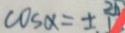
\cos \alpha = \pm _ { 1 } ^ { 2 6 }